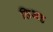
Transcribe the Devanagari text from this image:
लिअड